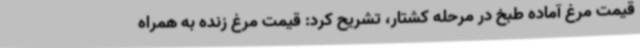
قیمت مرغ آماده طبخ در مرحله کشتار، تشریح کرد: قیمت مرغ زنده به همراه